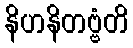
နိဟနိတဗ္ဗံတိ